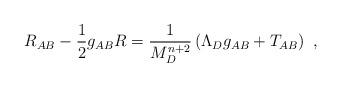
LaTeX: \begin{align*} R_{AB} - \frac{1}{2} g_{AB} R = \frac{1}{M_D^{n+2}}\left(\Lambda_D g_{AB} + T_{AB}\right)~,\end{align*}